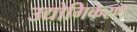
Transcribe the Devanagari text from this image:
उद्योगिकरण